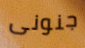
جنونى